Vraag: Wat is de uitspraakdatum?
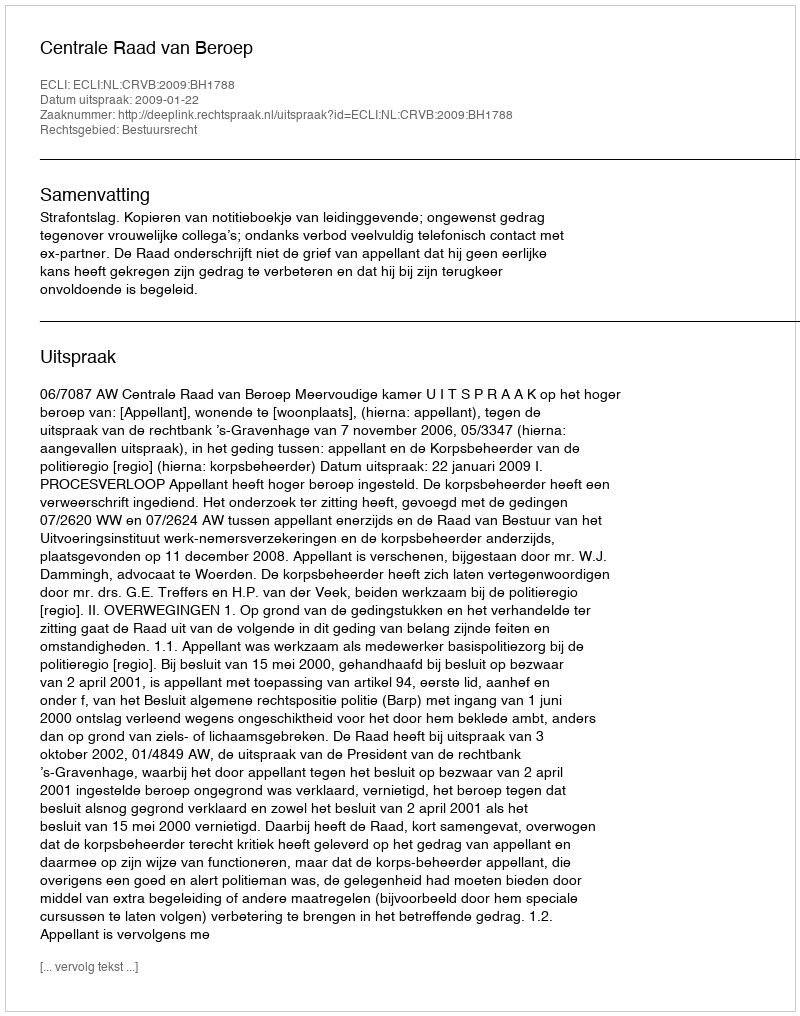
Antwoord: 2009-01-22